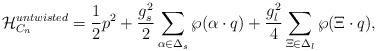
\begin{align*}{\cal H}_{C_n}^{untwisted}={1\over2}p^2+{g_s^2\over2} \sum_{\alpha\in\Delta_s} \wp(\alpha\cdot q)+{g_l^2\over4}\sum_{\Xi\in\Delta_l} \wp(\Xi\cdot q), \end{align*}